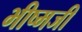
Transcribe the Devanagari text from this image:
भीष्मजी